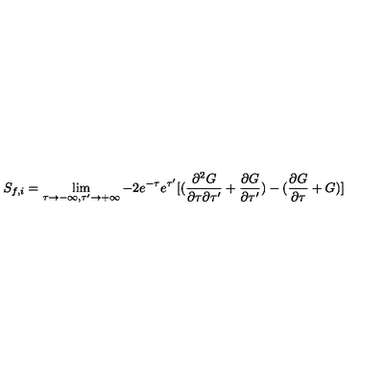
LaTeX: S _ { f , i } = \lim _ { \tau \rightarrow - \infty , \tau ^ { \prime } \rightarrow + \infty } - { 2 e ^ { - \tau } e ^ { \tau ^ { \prime } } } [ ( \frac { \partial ^ { 2 } G } { \partial \tau \partial \tau ^ { \prime } } + \frac { \partial G } { \partial \tau ^ { \prime } } ) - ( \frac { \partial G } { \partial \tau } + G ) ]